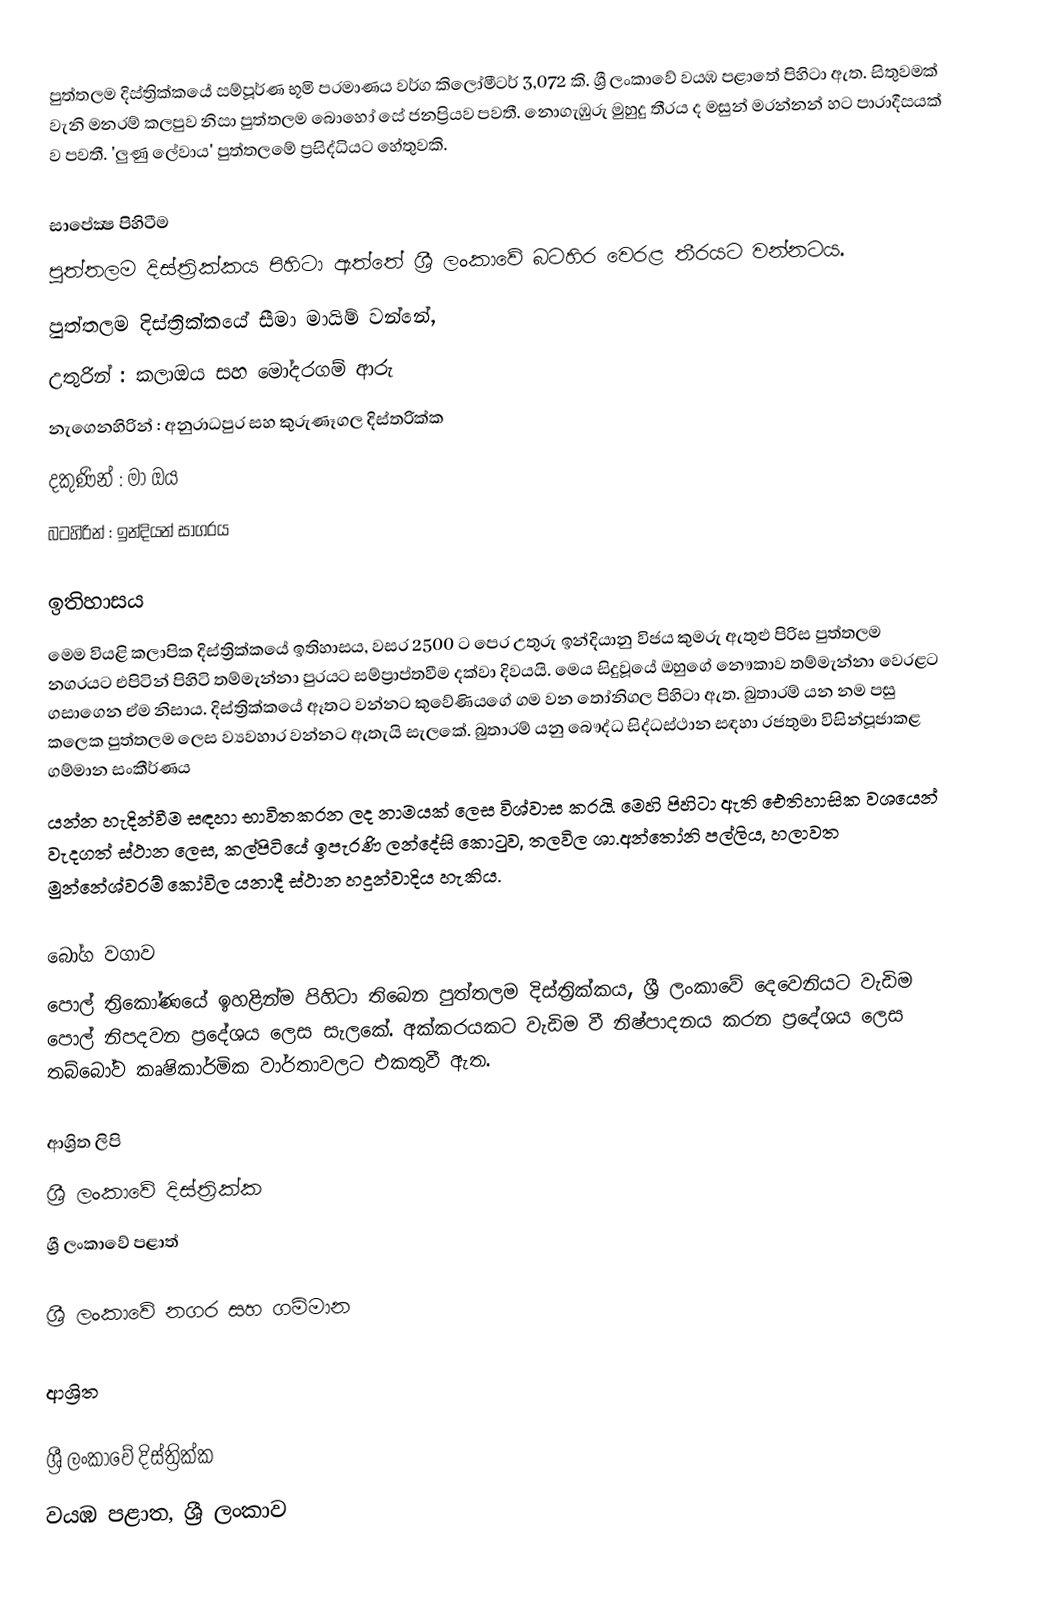
පුත්තලම දිස්ත්‍රික්කයේ  සම්පූර්ණ භූමි ප‍්‍රමාණය වර්ග කිලෝමීටර් 3,072 කි. ශ්‍රී ලංකාවේ වයඹ පළාතේ පිහිටා ඇත. සිතුවමක් වැනි මනරම් කලපුව නිසා පුත්තලම බොහෝ සේ ජනප්‍රියව පවතී. නොගැඹුරු මුහුදු තීරය ද මසුන් මරන්නන් හට පාරාදීසයක් ව පවතී. 'ලුණු ලේවාය' පුත්තලමේ ප්‍රසිද්ධියට හේතුවකි.

සාපේක්‍ෂ පිහිටීම
පුත්තලම  දිස්ත්‍රික්කය පිහිටා ඇත්තේ ශ්‍රී ලංකාවේ බටහිර වෙරළ තීරයට වන්නටය.
පුත්තලම දිස්ත්‍රික්කයේ සීමා මායිම් වන්නේ,
උතුරින් : කලාඔය සහ මෝදරගම් ආරු
නැගෙනහිරින් : අනුරාධපුර සහ කුරුණෑගල දිස්ත‍්‍රික්ක
දකුණින් : මා ඔය
බටහිරින් : ඉන්දියන් සාගරය

ඉතිහාසය
මෙම වියළි කලාපික දිස්ත්‍රික්කයේ ඉතිහාසය, වසර 2500 ට පෙර උතුරු ඉන්දියානු විජය කුමරු ඇතුළු පිරිස පුත්තලම නගරයට එපිටින් පිහිටි තම්මැන්නා පුරයට සම්ප්‍රාප්තවීම දක්වා දිවයයි. මෙය සිදුවූයේ ඔහුගේ නෞකාව තම්මැන්නා වෙරළට ගසාගෙන ඒම නිසාය. දිස්ත්‍රික්කයේ ඈතට වන්නට කුවේණියගේ ගම වන තෝනිගල පිහිටා ඇත. බුතාරම් යන නම පසු කලෙක පුත්තලම ලෙස ව්‍යවහාර වන්නට ඇතැයි සැලකේ. බුතාරම් යනු බෞද්ධ සිද්ධස්ථාන සඳහා රජතුමා විසින්පූජාකළ ගම්මාන සංකීර්ණය
යන්න හැදින්වීම සඳහා භාවිතකරන ලද නාමයක් ලෙස විශ්වාස කරයි. මෙහි පිහිටා ඇති ඓතිහාසික වශයෙන්  වැදගත් ස්ථාන ලෙස, කල්පිටියේ ඉපැරණි ලන්දේසි කොටුව, තලවිල ශා.අන්තෝනි පල්ලිය, හලාවත මුන්නේශ්වරම් කෝවිල යනාදී ස්ථාන හදුන්වාදිය හැකිය.

බෝග වගාව
පොල් ත්‍රිකෝණයේ ඉහළින්ම පිහිටා තිබෙන පුත්තලම දිස්ත්‍රික්කය, ශ්‍රී ලංකාවේ දෙවෙනියට වැඩිම පොල් නිපදවන ප්‍රදේශය ලෙස සැලකේ. අක්කරයකට වැඩිම වී නිෂ්පාදනය කරන ප්‍රදේශය ලෙස තබ්බෝව කෘෂිකාර්මික වාර්තාවලට එකතුවී ඇත.

ආශ්‍රිත ලිපි
ශ්‍රී ලංකාවේ දිස්ත්‍රික්ක
ශ්‍රී ලංකාවේ පළාත්

ශ්‍රී ලංකාවේ නගර සහ ගම්මාන

ආශ්‍රිත

ශ්‍රී ලංකාවේ දිස්ත්‍රික්ක
වයඹ පළාත, ශ්‍රී ලංකාව